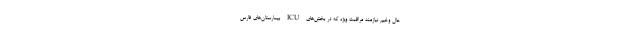
حال وخیم نیازمند مراقبت ویژه که در بخش‌های ICU بیمارستان‌های فارس